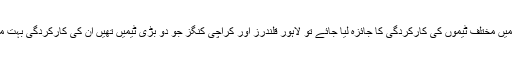
اگر ٹورنامنٹ میں مختلف ٹیموں کی کارکردگی کا جائزہ لیا جائے تو لاہور قلندرز اور کراچی کنگز جو دو بڑی ٹیمیں تھیں ان کی کارکردگی بہت مایوس کن رہی۔